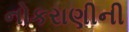
નોકરાણીની